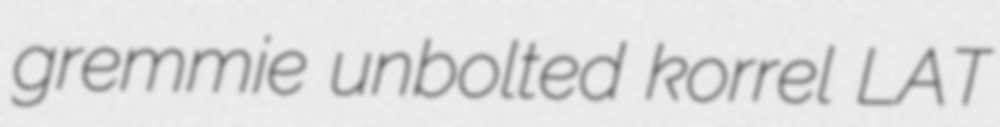
gremmie unbolted korrel LAT